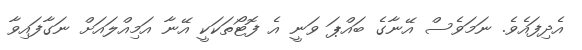
އެދިފައެވެ. ނަމަވެސް އޭނާގެ ބައްޕަ ވަނީ އެ ފޮޓޯތަކަކީ އޭނާ އަމިއްލައަށް ނަގާފައިވާ